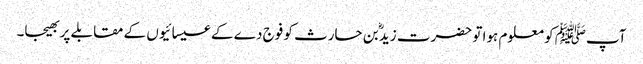
آپﷺ کو معلوم ہوا تو حضرت زیدؓ بن حارث کو فوج دے کے عیسائیوں کے مقابلے پر بھیجا۔